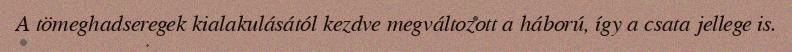
A tömeghadseregek kialakulásától kezdve megváltozott a háború, így a csata jellege is.